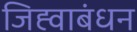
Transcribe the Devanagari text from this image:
जिह्वाबंधन